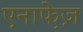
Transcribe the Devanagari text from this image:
एनाफे़ज़